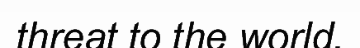
threat to the world.